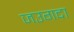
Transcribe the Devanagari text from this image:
जउगदा